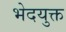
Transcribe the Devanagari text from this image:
भेदयुक्त